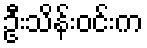
ဦးသိန်းဝင်းက